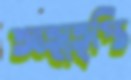
আত্মতৃপ্তি